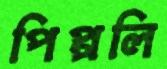
পিপ্পলি